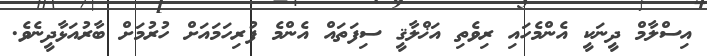
އިސްލާމް ދީނަކީ އެންމެހައި ރިވެތި އަޚްލާޤީ ސިފަތައް އެންމެ ފުރިހަމައަށް ހުރުމަށް ބާރުއަޅާދީނެވެ.